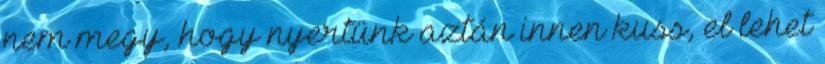
nem megy, hogy nyertünk aztán innen kuss, el lehet